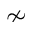
\nsim